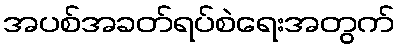
အပစ်အခတ်ရပ်စဲရေးအတွက်